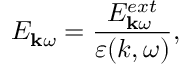
E _ { { \bf k } \omega } = \frac { E _ { { \bf k } \omega } ^ { e x t } } { \varepsilon ( k , \omega ) } ,